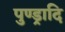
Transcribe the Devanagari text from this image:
पुण्ड्रादि